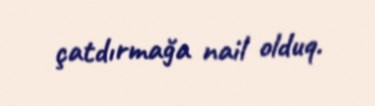
çatdırmağa nail olduq.